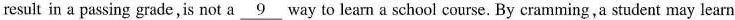
result in a passing grade,is not a \underline{9} way to learn a school course. By cramming,a student may learn